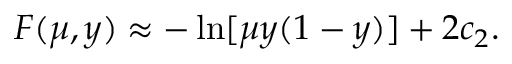
F ( \mu , y ) \approx - \ln [ \mu y ( 1 - y ) ] + 2 c _ { 2 } .